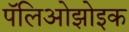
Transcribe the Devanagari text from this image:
पॅलिओझोइक